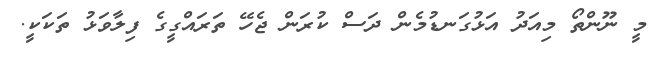
މީ ނޫންތޯ މިއަދު އަޅުގަނޑުމެން ދަސް ކުރަން ޖެހޭ ތަރައްގީގެ ފިލާވަޅު ތަކަކީ.